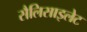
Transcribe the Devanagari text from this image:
सैलिसाइलेट